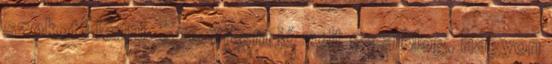
szokott lenni. Szerintem jó volt ez a blog, nagyon